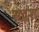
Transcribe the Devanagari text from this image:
सद्वश